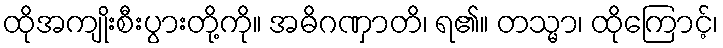
ထိုအကျိုးစီးပွားတို့ကို။ အဓိဂဏှာတိ၊ ရ၏။ တသ္မာ၊ ထိုကြောင့်၊